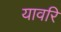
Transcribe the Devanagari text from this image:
यावरि